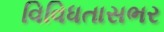
વિવિધતાસભર